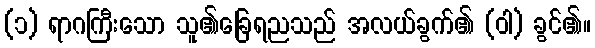
(၁) ရာဂကြီးသော သူ၏ခြေရညသည် အလယ်ခွက်၏ (ဝါ) ခွင်၏။